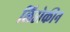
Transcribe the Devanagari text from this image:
लिडोकीन